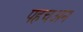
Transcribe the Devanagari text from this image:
पहचअन